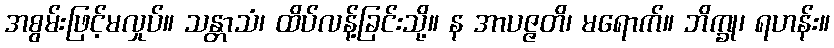
အစွမ်းဖြင့်မလှုပ်။ သန္တာသံ၊ ထိပ်လန့်ခြင်းသို့။ န အာပဇ္ဇတိ၊ မရောက်။ ဘိက္ခု၊ ရဟန်း။